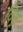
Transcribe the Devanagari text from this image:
दिदृ